Document type: Grant
Year: 1403
Scribe: Berenguer Pedrosell
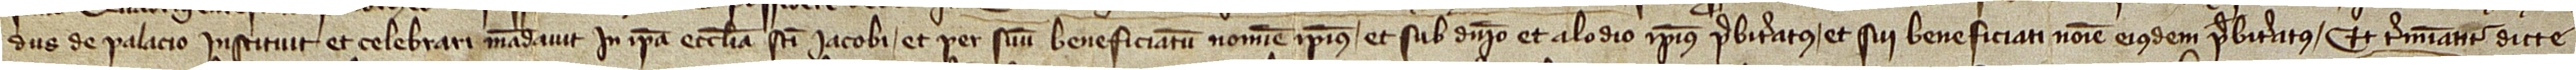
dus de Palacio instituit et celebrari mandavit in ipsa ecclesia Sancti Iacobi, et per suum beneficiatum nomine ipsius, et sub dominio et alodio ipsius presbiteratus et sui beneficiati nomine eiusdem presbiteratus. Et terminantur dicte